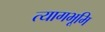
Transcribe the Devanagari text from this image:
त्यागभूमि